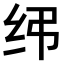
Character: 𫄝